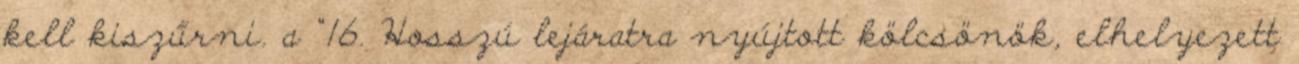
kell kiszűrni. a “16. Hosszú lejáratra nyújtott kölcsönök, elhelyezett